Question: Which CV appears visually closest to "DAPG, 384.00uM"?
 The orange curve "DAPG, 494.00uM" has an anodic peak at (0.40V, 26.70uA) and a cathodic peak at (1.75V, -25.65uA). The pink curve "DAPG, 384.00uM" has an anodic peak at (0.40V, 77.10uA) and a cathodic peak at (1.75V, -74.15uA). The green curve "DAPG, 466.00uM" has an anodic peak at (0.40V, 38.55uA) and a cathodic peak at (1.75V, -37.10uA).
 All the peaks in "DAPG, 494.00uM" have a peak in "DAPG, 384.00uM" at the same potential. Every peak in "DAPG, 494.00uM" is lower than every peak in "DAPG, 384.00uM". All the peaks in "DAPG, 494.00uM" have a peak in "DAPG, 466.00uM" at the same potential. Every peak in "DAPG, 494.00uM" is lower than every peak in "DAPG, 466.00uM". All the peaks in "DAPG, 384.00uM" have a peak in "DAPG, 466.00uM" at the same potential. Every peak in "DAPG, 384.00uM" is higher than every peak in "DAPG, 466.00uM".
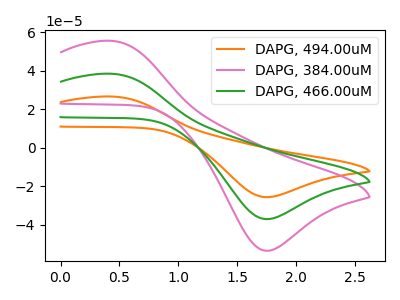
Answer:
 <answer>"DAPG, 384.00uM" and "DAPG, 466.00uM" have a similar shape to "DAPG, 494.00uM".</answer>
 <eval>"DAPG, 384.00uM" "DAPG, 466.00uM"</eval>